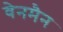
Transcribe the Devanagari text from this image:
वेनमैन